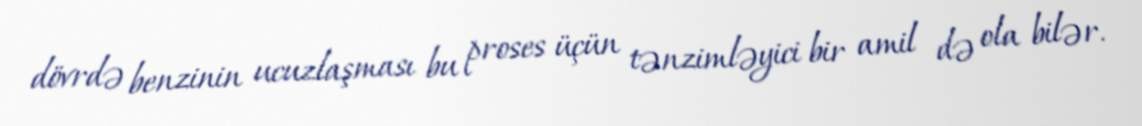
dövrdə benzinin ucuzlaşması bu proses üçün tənzimləyici bir amil də ola bilər.